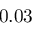
0 . 0 3